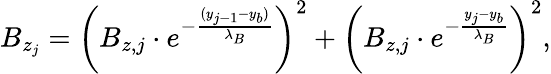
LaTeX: B_{z_{j}}=\left(B_{z,j}\cdot e^{-\frac{(y_{j-1}-y_{b})}{\lambda_{B}}}\right)^{2}+\left(B_{z,j}\cdot e^{-\frac{y_{j}-y_{b}}{\lambda_{B}}}\right)^{2},